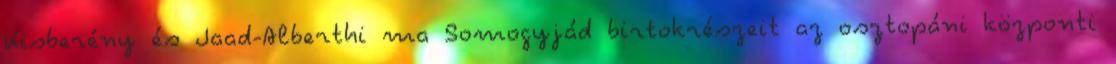
Kisberény és Jaad-Alberthi ma Somogyjád birtokrészeit az osztopáni központi